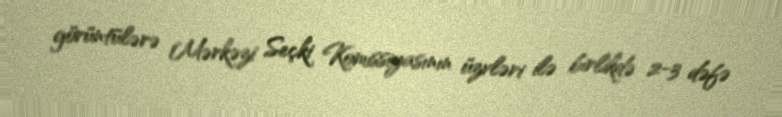
görüntülərə Mərkəzi Seçki Komissiyasının üzvləri ilə birlikdə 2-3 dəfə